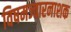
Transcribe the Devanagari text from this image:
विषमज्वारनाशक